Report on the cultivation and use of ganja
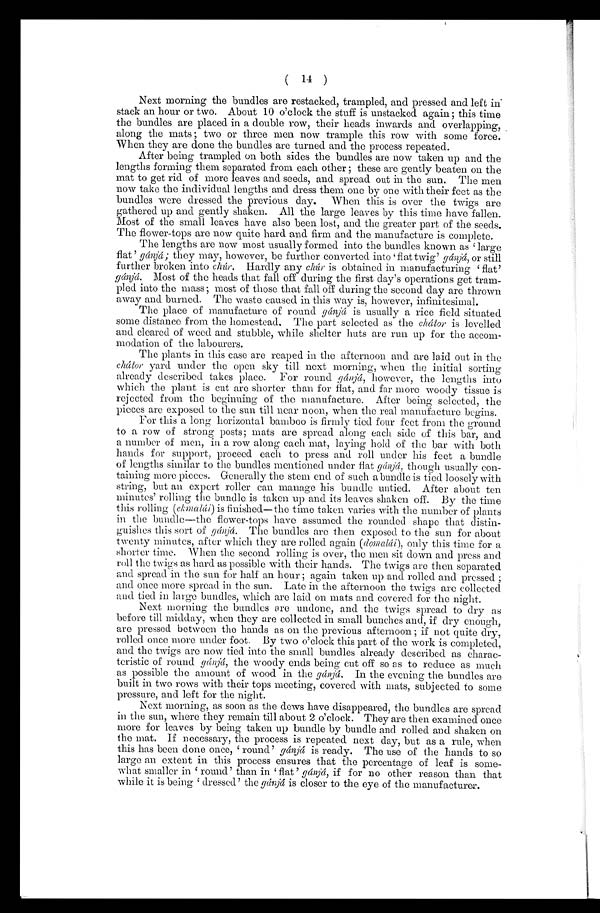
( 14 )
Next morning the bundles are restacked, trampled, and pressed and left in
stack an hour or two. About 10 o'clock the stuff is unstacked again ; this time
the bundles are placed in a double row, their heads inwards and overlapping, _
along the mats ; two or three men now trample this row with some force.
When they are done the bundles are turned and the process repeated.
After being trampled on both sides the bundles are now taken up and the
lengths forming them separated from each other ; these are gently beaten on the
mat to get rid. of more leaves and seeds, and spread out in the sun. The men
now take the individual lengths and dress them one by one with their feet as the
bundles were dressed the previous day. When this is over the twigs are
gathered up and gently shaken. All the large leaves by this time have fallen.
Most of the small leaves have also been lost, and the greater part of the seeds.
The flower-tops are now quite hard and firm and the manufacture is complete.
The lengths are now most usually formed into the bundles known as 'large
flat ' gánjá; they may, however, be further converted into 'flat twig' gánjá, or still
further broken into chúr. Hardly any chúr. is obtained in manufacturing 'flat'
gá njá. Most of the heads that fall off during the first day's operations get tram-
pled into the mass; most of those that fall off during the second day are thrown
away and burned. The waste caused in this way is, however, infinitesimal.
The place of manufacture of round gánjá is usually a rice field situated
some distance from the homestead, The part selected as the chátor is levelled
and cleared of weed and stubble, while shelter huts are run up for the accom-
modation of the labourers.
The plants in this case are reaped in the afternoon and are laid out in the
cháitor yard under the open sky till next morning, when the initial sorting
already described takes place. For round gánjá, however, the lengths into
which the plant is cut are shorter than for flat, and far more woody tissue is
rejected from the beginning of the manufacture. After being selected, the
pieces are exposed to the sun till near noon, when the real manufacture begins.
For this a long horizontal bamboo is firmly tied four feet from the ground
to a row of strong posts; mats are spread along each side of this bar, and
a number of men, in a row along each mat, laying hold of the bar with both
hands for support, proceed each to press and roll under his feet a bundle
of lengths similar to the bundles mentioned under flat gánjá, though usually con-
taining more pieces. Generally the stem end of such a bundle is tied loosely with
string, but an expert roller can manage his bundle untied. After about ten
minutes' rolling the bundle is taken up and its leaves shaken off. By the time
this rolling (ekmalái) is finished—the time taken varies with the number of plants
in the bundle—the flower-tops have assumed the rounded shape that distin-
guishes this sort of gánjá. The bundles are then exposed to the sun for about
t went y mi nut es, aft er whi ch t hey are rol l ed agai n ( d o m a l á i ) ,
o n l y t h i s t i m e f o r a
shorter time. When the second rolling is over, the men sit down and press and
roll the twigs as hard as possible with their hands. The twigs are then separated
and spread in the sun for half an hour ; again taken up and rolled and pressed ;
and once more spread in the sun. Late in the afternoon the twigs are collected.
and tied in large bundles, which are laid on mats and covered. for the night.
Next morning the bundles are undone, and the twigs spread to dry as
before till midday, when they are collected in small bunches and, if dry enough,
are pressed between the hands as on the previous afternoon ; if not quite dry,
rolled once more under foot. By two o'clock this part of the work is completed,
and the twigs are now tied into the small bundles already described as charac-
teristic of round gánjá, the woody ends being cut off so as to reduce as much
as possible the amount of wood in the gánjá. In the evening the bundles are
built in two rows with their tops meeting, covered with mats, subjected to some
pressure, and left for the night.
Next morning, as soon as the dews have disappeared, the bundles are spread
in the sun, where they remain till about 2 o'clock. They are then examined once
more for leaves by being taken up bundle by bundle and rolled and shaken on
the mat. If necessary, the process is repeated next day, but as a rule, when
this has been done once, round' gánjá is ready. The use of the hands to so
large an extent in this process ensures that the percentage of leaf is some-
what smaller in round' than in 'flat ' gánjá, if for no other reason than that
while it is being dressed' the gánjá is closer to the eye of the manufacturer.